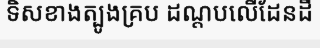
ទិសខាងត្បូងគ្រប ដណ្តបលើដែនដី